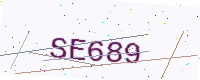
Text: SE689